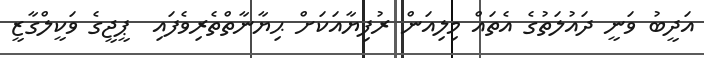
އަދީބު ވަނީ ދައުލަތުގެ އެތައް މިލިއަން ރުފިޔާއަކަށް ޙިޔާނާތްތެރިވެފައި  ޕީޖީގެ ވަކީލްގާޒީ